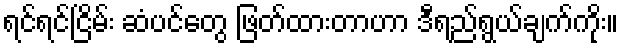
ရင်ရင်ငြိမ်း ဆံပင်တွေ ဖြတ်ထားတာဟာ ဒီရည်ရွယ်ချက်ကိုး။